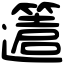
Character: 𨘥